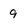
Character: 9